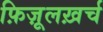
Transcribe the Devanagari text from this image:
फ़िज़ूलख़र्च